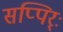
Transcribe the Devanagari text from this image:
सप्पिर्ः